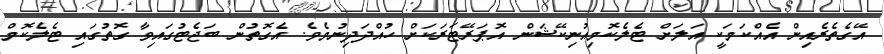
އޭގެތެރެއިން އެއްކަމަކީ އަލަށް ޓެލެކޮމިއުނިކޭޝަން އޮޕަރޭޓަރަކަށް ހުއްދަދިނުމެވެ. އެގޮތުން ބަޖެޓުގައިވާ ގޮތުގައި ޓެލެކޮމް